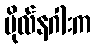
ဗိုလ်နဂါးက